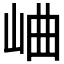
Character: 𪨰